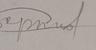
Signature authenticity: forged